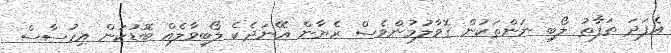
އެފަދަ ތަފާތު ލޯބި ނަންތަކުން ގޮވާލުމުންވެސް ރެޔާން އޭނަދެކެ ލޯބިވާލެއް ބޮޑުކަން އިހުސާސް